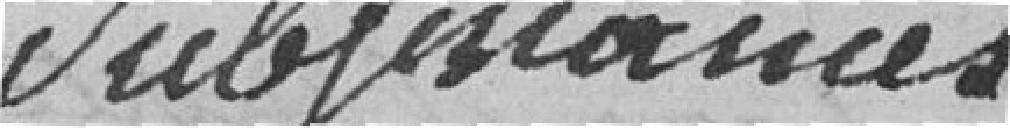
Subsistances